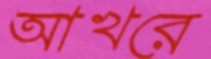
আখরে